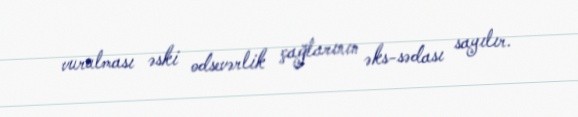
vurulması əski odsevərlik çağlarının əks-sədası sayılır.